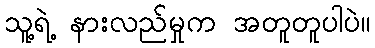
သူ့ရဲ့ နားလည်မှုက အတူတူပါပဲ။